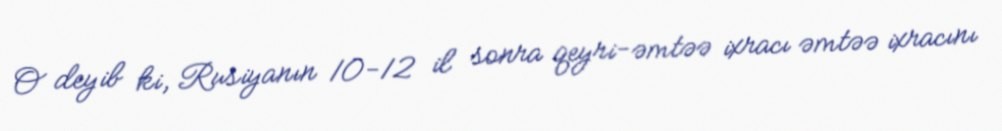
O deyib ki, Rusiyanın 10-12 il sonra qeyri-əmtəə ixracı əmtəə ixracını